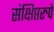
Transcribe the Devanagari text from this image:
संक्षिप्तरुपे